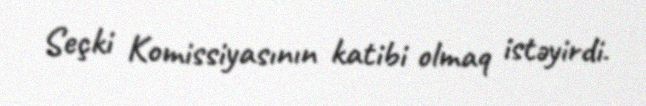
Seçki Komissiyasının katibi olmaq istəyirdi.